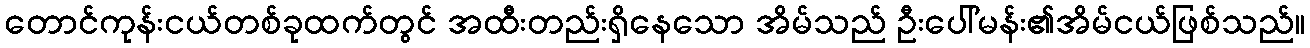
တောင်ကုန်းငယ်တစ်ခုထက်တွင် အထီးတည်းရှိနေသော အိမ်သည် ဦးပေါ်မန်း၏အိမ်ငယ်ဖြစ်သည်။